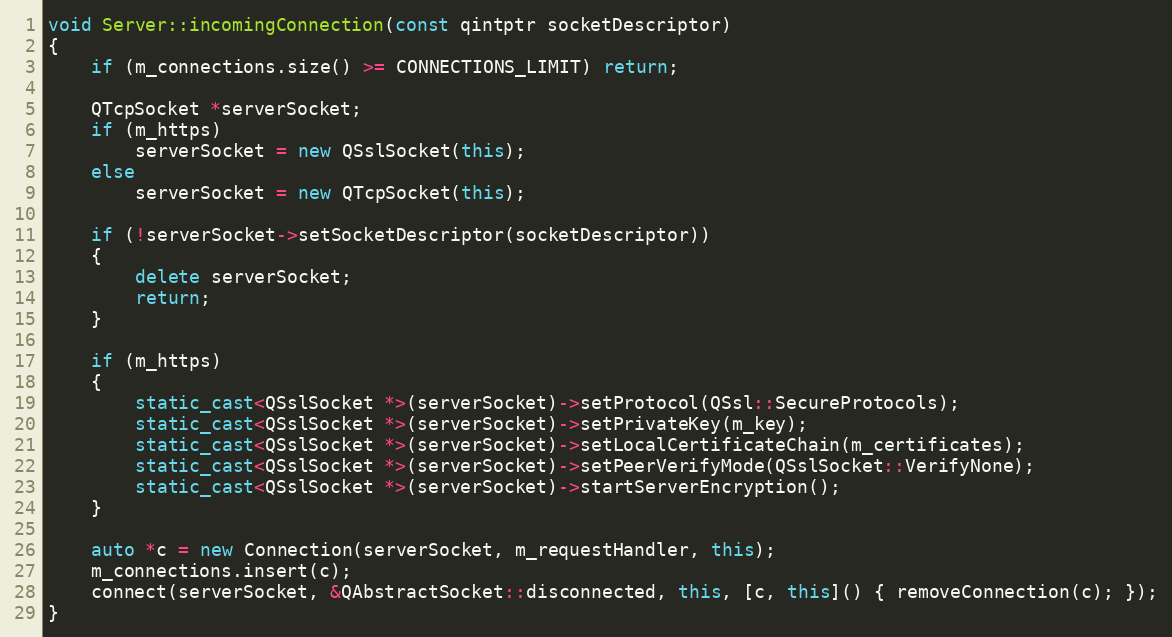
Language: C++
void Server::incomingConnection(const qintptr socketDescriptor)
{
    if (m_connections.size() >= CONNECTIONS_LIMIT) return;

    QTcpSocket *serverSocket;
    if (m_https)
        serverSocket = new QSslSocket(this);
    else
        serverSocket = new QTcpSocket(this);

    if (!serverSocket->setSocketDescriptor(socketDescriptor))
    {
        delete serverSocket;
        return;
    }

    if (m_https)
    {
        static_cast<QSslSocket *>(serverSocket)->setProtocol(QSsl::SecureProtocols);
        static_cast<QSslSocket *>(serverSocket)->setPrivateKey(m_key);
        static_cast<QSslSocket *>(serverSocket)->setLocalCertificateChain(m_certificates);
        static_cast<QSslSocket *>(serverSocket)->setPeerVerifyMode(QSslSocket::VerifyNone);
        static_cast<QSslSocket *>(serverSocket)->startServerEncryption();
    }

    auto *c = new Connection(serverSocket, m_requestHandler, this);
    m_connections.insert(c);
    connect(serverSocket, &QAbstractSocket::disconnected, this, [c, this]() { removeConnection(c); });
}